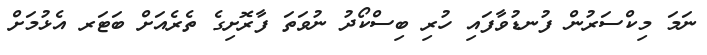
ނަމަ މިކްސަރުން ފުނޑުވާފައި ހުރި ބިސްކޯދު ނުވަތަ ފާރޮށިގެ ތެރެއަށް ބަޓަރ އެޅުމަށް